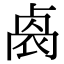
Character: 𠨁